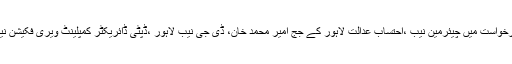
بیرسٹر اعتزاز احسن کی وساطت سے آئین کے آرٹیکل 199کے تحت دائر درخواست میں چیئرمین نیب ،احتساب عدالت لاہور کے جج امیر محمد خان، ڈی جی نیب لاہور ،ڈپٹی ڈائریکٹر کمپلینٹ ویری فکیشن نیب نرمل حسنی،آئی او محمد عابد اور انچارج تھانہ نیب کو فریق بنایا گیا ہے۔